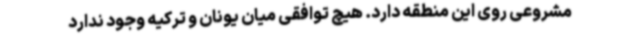
مشروعی روی این منطقه دارد. هیچ توافقی میان یونان و ترکیه وجود ندارد